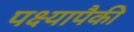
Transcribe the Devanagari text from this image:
पक्ष्यापैकी